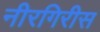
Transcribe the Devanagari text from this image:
नीरगिरीस